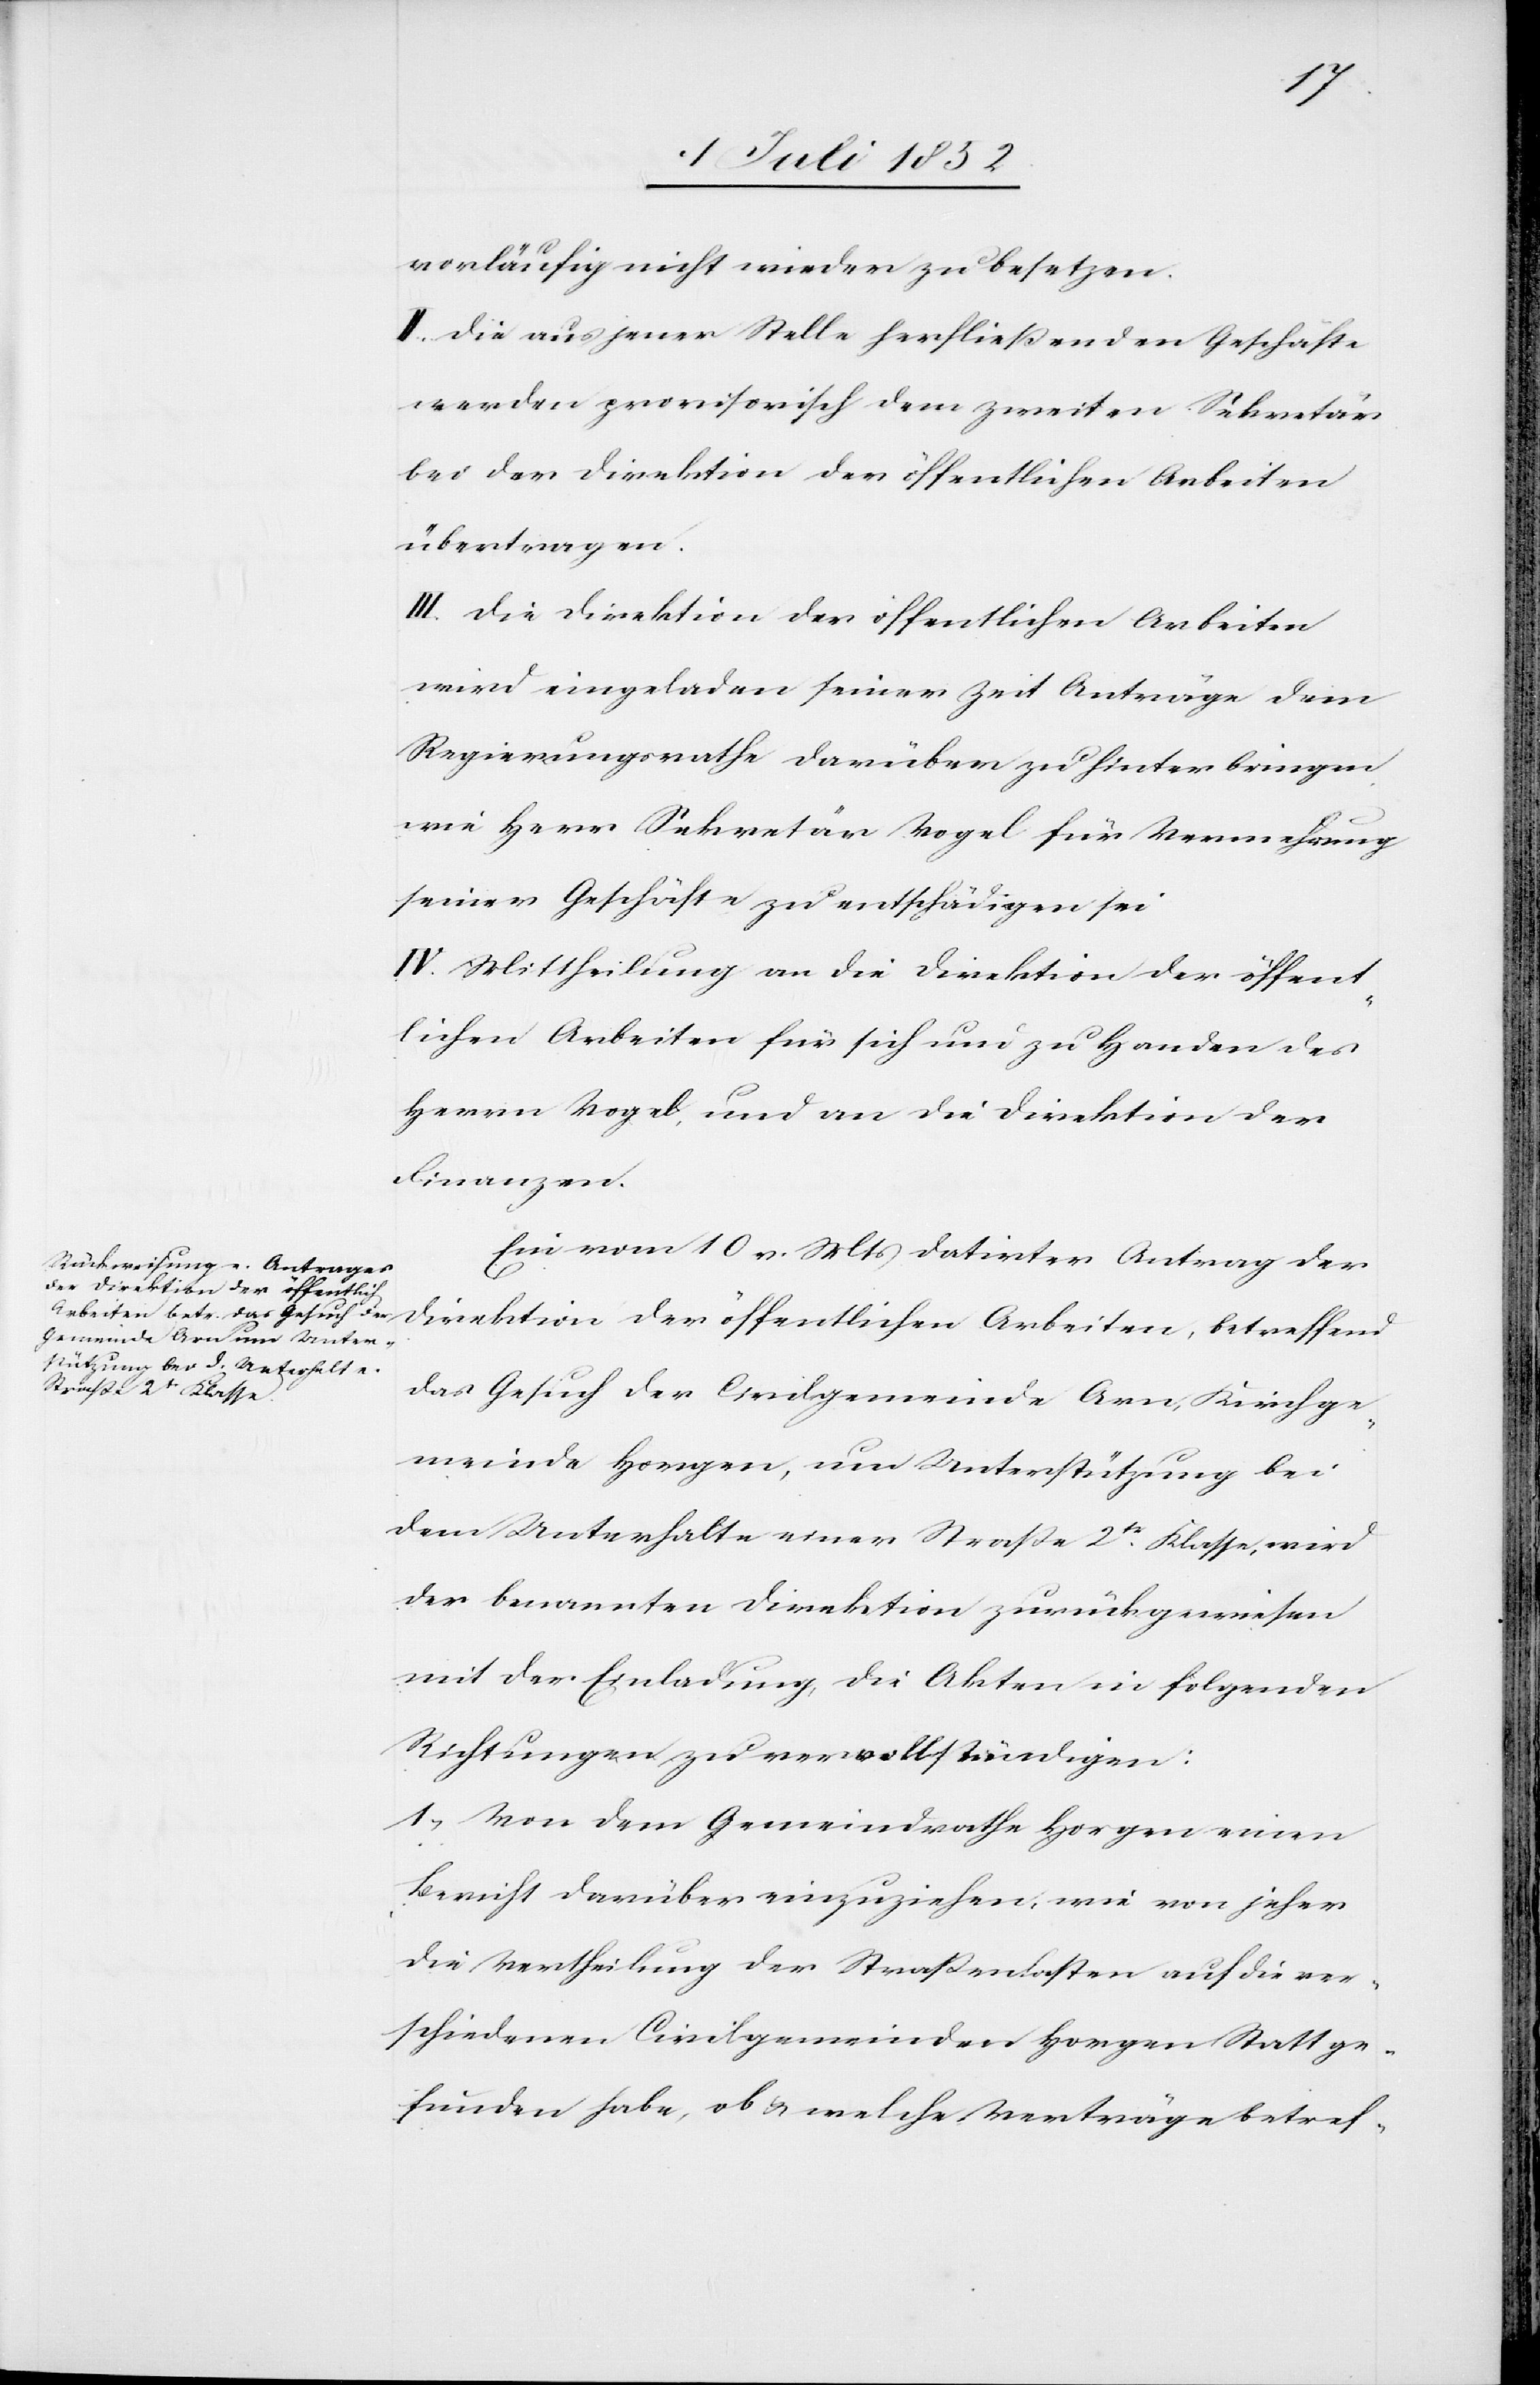
vorläufig nicht wieder zu besetzen.
II. Die aus jener Stelle herfließenden Geschäfte
werden provisorisch dem zweiten Sekretär
bei der Direktion der öffentlichen Arbeiten
übertragen.
III. Die Direktion der öffentlichen Arbeiten
wird eingeladen seiner Zeit Anträge dem
Regierungsrathe darüber zu hinterbringen
wie Herr Sekretär Vogel für Vermehrung
seiner Geschäfte zu entschädigen sei
IV. Mittheilung an die Direktion der öffent¬
lichen Arbeiten für sich und zu Handen des
Herrn Vogel, und an die Direktion der
Finanzen.
Ein vom 10 v. Mts datirter Antrag der
Direktion der öffentlichen Arbeiten, betreffend
das Gesuch der Civilgemeinde Arn, Kirchge¬
meinde Horgen, um Unterstützung bei
dem Unterhalte einer Straße 2tr Klasse, wird
der benannten Direktion zurückgewiesen
mit der Einladung, die Akten in folgenden
Richtungen zu vervollständigen:
1, Von dem Gemeindrathe Horgen einen
Bericht darüber einzuziehen, wie von jeher
die Vertheilung der Straßenlasten auf die ver¬
schiedenen Civilgemeinden Horgen Statt ge¬
funden habe, ob & welche Verträge betref-